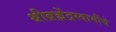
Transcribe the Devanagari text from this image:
श्रीब्रह्मेंद्रस्वामींचे